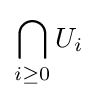
\bigcap _{i\geq 0}U_{i}